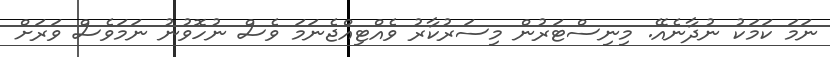
ނަމަ ކަމަކު ނުދާނެއޭ. މިނިސްޓަރުން މިސަރުކާރު ވެއްޓިއްޖެނަމަ ވެސް ނުހޮވުނު ނަމަވެސް ވަރަށް